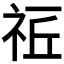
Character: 𥙠